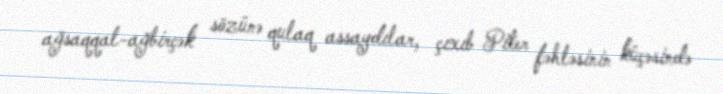
ağsaqqal-ağbirçək sözünə qulaq assaydılar, çıxıb Piter fəhləsinin küçəsində